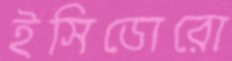
ইসিডোরো